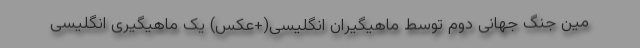
مین جنگ جهانی دوم توسط ماهیگیران انگلیسی(+عکس) یک ماهیگیری انگلیسی